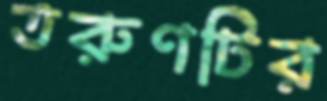
তরুণটির